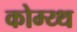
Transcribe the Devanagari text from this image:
कोम्य्थ